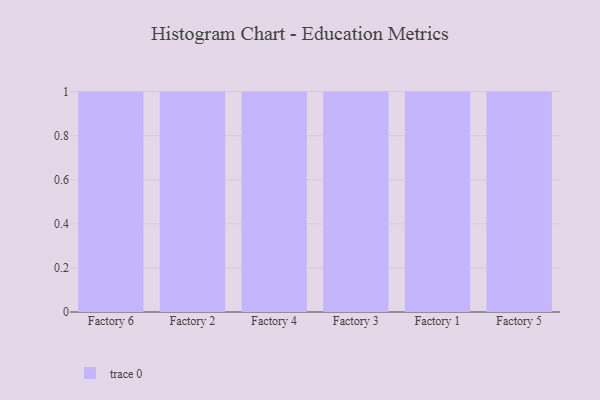
{"axis": {"x": "Factory", "y": "Active Users"}, "legend": [""], "data": [{"x": "Factory 6", "y": 2, "type": ""}, {"x": "Factory 2", "y": 56, "type": ""}, {"x": "Factory 4", "y": 90, "type": ""}, {"x": "Factory 3", "y": 30, "type": ""}, {"x": "Factory 1", "y": 22, "type": ""}, {"x": "Factory 5", "y": 42, "type": ""}]}